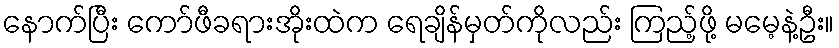
နောက်ပြီး ကော်ဖီခရားအိုးထဲက ရေချိန်မှတ်ကိုလည်း ကြည့်ဖို့ မမေ့နဲ့ဦး။